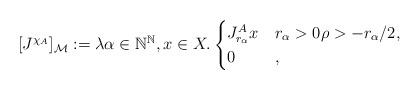
LaTeX: \begin{align*}[J^{\chi_A}]_\mathcal{M}:=\lambda\alpha\in\mathbb{N}^\mathbb{N},x\in X.\begin{cases}J^A_{r_\alpha}x&r_\alpha> 0\rho>- r_\alpha/2,\\0&,\end{cases}\end{align*}